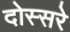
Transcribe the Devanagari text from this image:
दोस्सरे